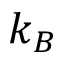
k _ { B }